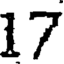
17